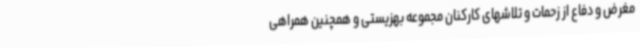
مغرض و دفاع از زحمات و تلاشهای کارکنان مجموعه بهزیستی و همچنین همراهی